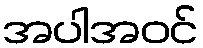
အပါအဝင်